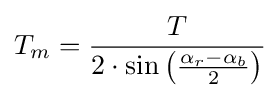
T_{m}={\frac {T}{2\cdot \sin \left({\frac {\alpha _{r}-\alpha _{b}}{2}}\right)}}